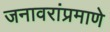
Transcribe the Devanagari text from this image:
जनावरांप्रमाणे